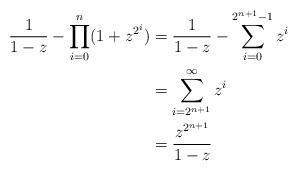
LaTeX: \begin{align*} \frac{1}{1-z} - \prod_{i=0}^n (1+z^{2^i}) &= \frac{1}{1-z} - \sum_{i=0}^{2^{n+1}-1} z^i \\ &= \sum_{i=2^{n+1}}^\infty z^i \\ &= \frac{z^{2^{n+1}}}{1-z}\end{align*}